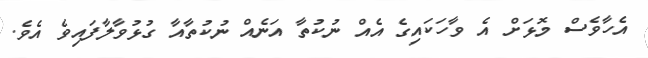
އެހާވެސް މޮޅަށް އެ ވާހަކައިގެ އެއް ނުކުތާ އަނެއް ނުކުތާއާ ގުޅުވާލާފައިވެ އެވެ.